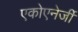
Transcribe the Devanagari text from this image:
एकोएनेर्जी